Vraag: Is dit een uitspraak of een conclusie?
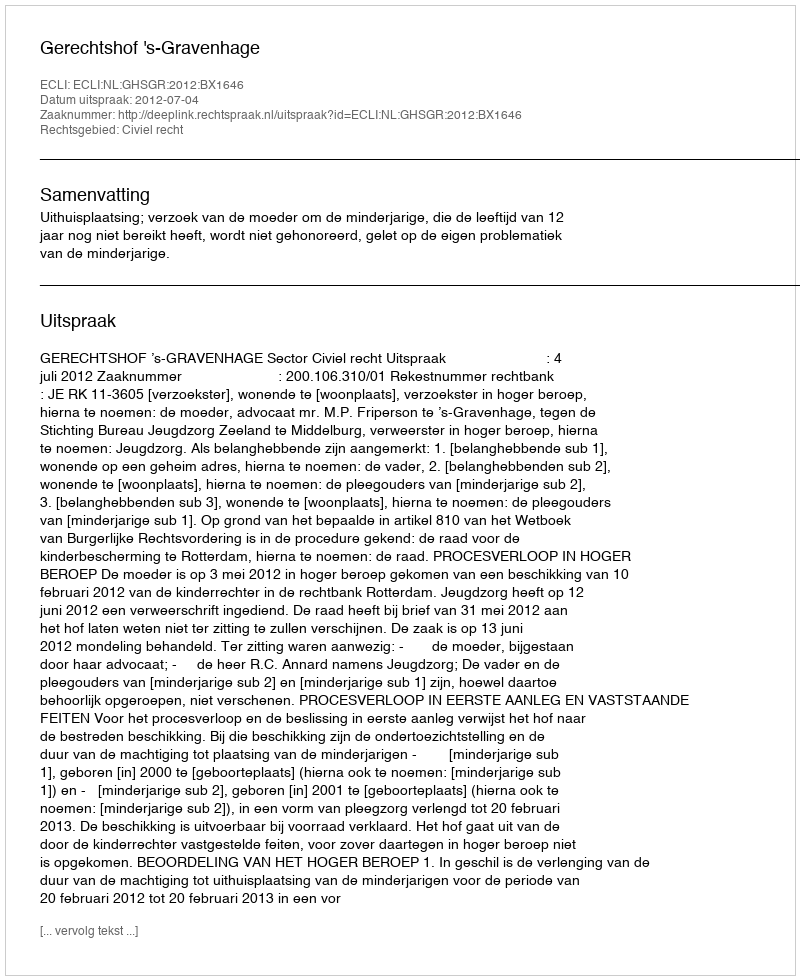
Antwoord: Uitspraak